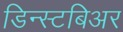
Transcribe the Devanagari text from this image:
डिन्स्टबिअर